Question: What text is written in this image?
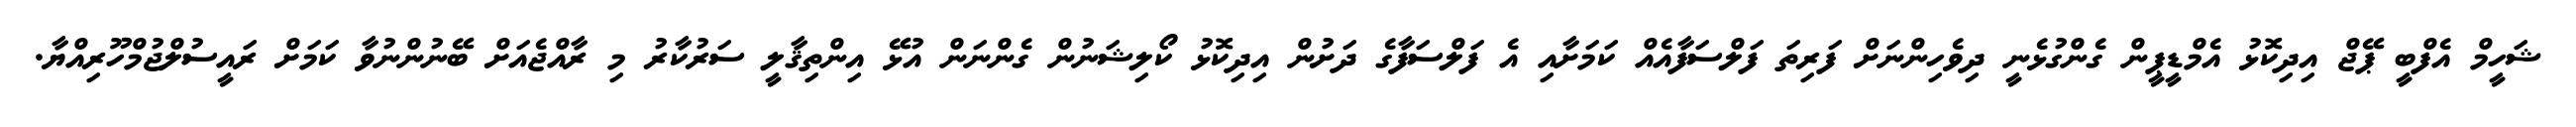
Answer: ޝަހީމް އެފްބީ ޕޭޖް އިދިކޮޅު އެމްޑީޕީން ގެންގުޅެނީ ދިވެހިންނަށް ފަރިތަ ފަލްސަފާއެއް ކަމަށާއި އެ ފަލްސަފާގެ ދަށުން އިދިކޮޅު ކޯލިޝަނުން ގެންނަން އުޅޭ އިންތިޤާލީ ސަރުކާރު މި ރާއްޖެއަށް ބޭނުންނުވާ ކަމަށް ރައީސުލްޖުމްހޫރިއްޔާ.